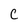
Character: C